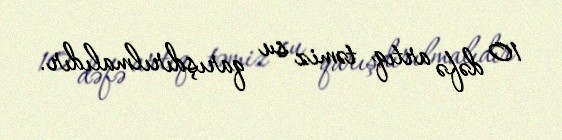
10 dəfə artıq təmiz su qarışdırılmalıdır.